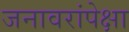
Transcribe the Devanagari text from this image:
जनावरांपेक्षा